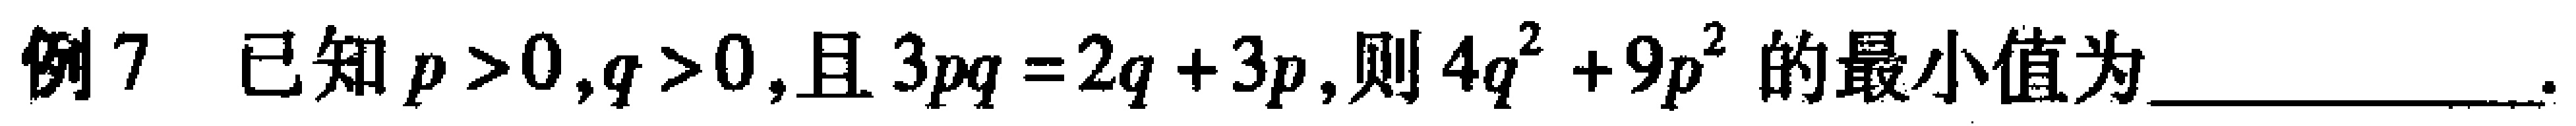
例7 已知\(p > 0,q > 0,\)且\(3pq = 2q + 3p,\)则\(4q^{2} + 9p^{2}\)的最小值为  .